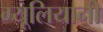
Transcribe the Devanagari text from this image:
ग्यूलियानी